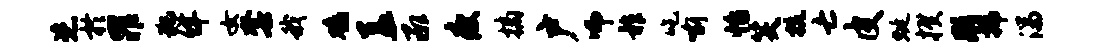
恣於罪犯佯女套我鸡盖承瘦摘户师祚吃喻怡笑抗亡皮蜓揆彤拂湍